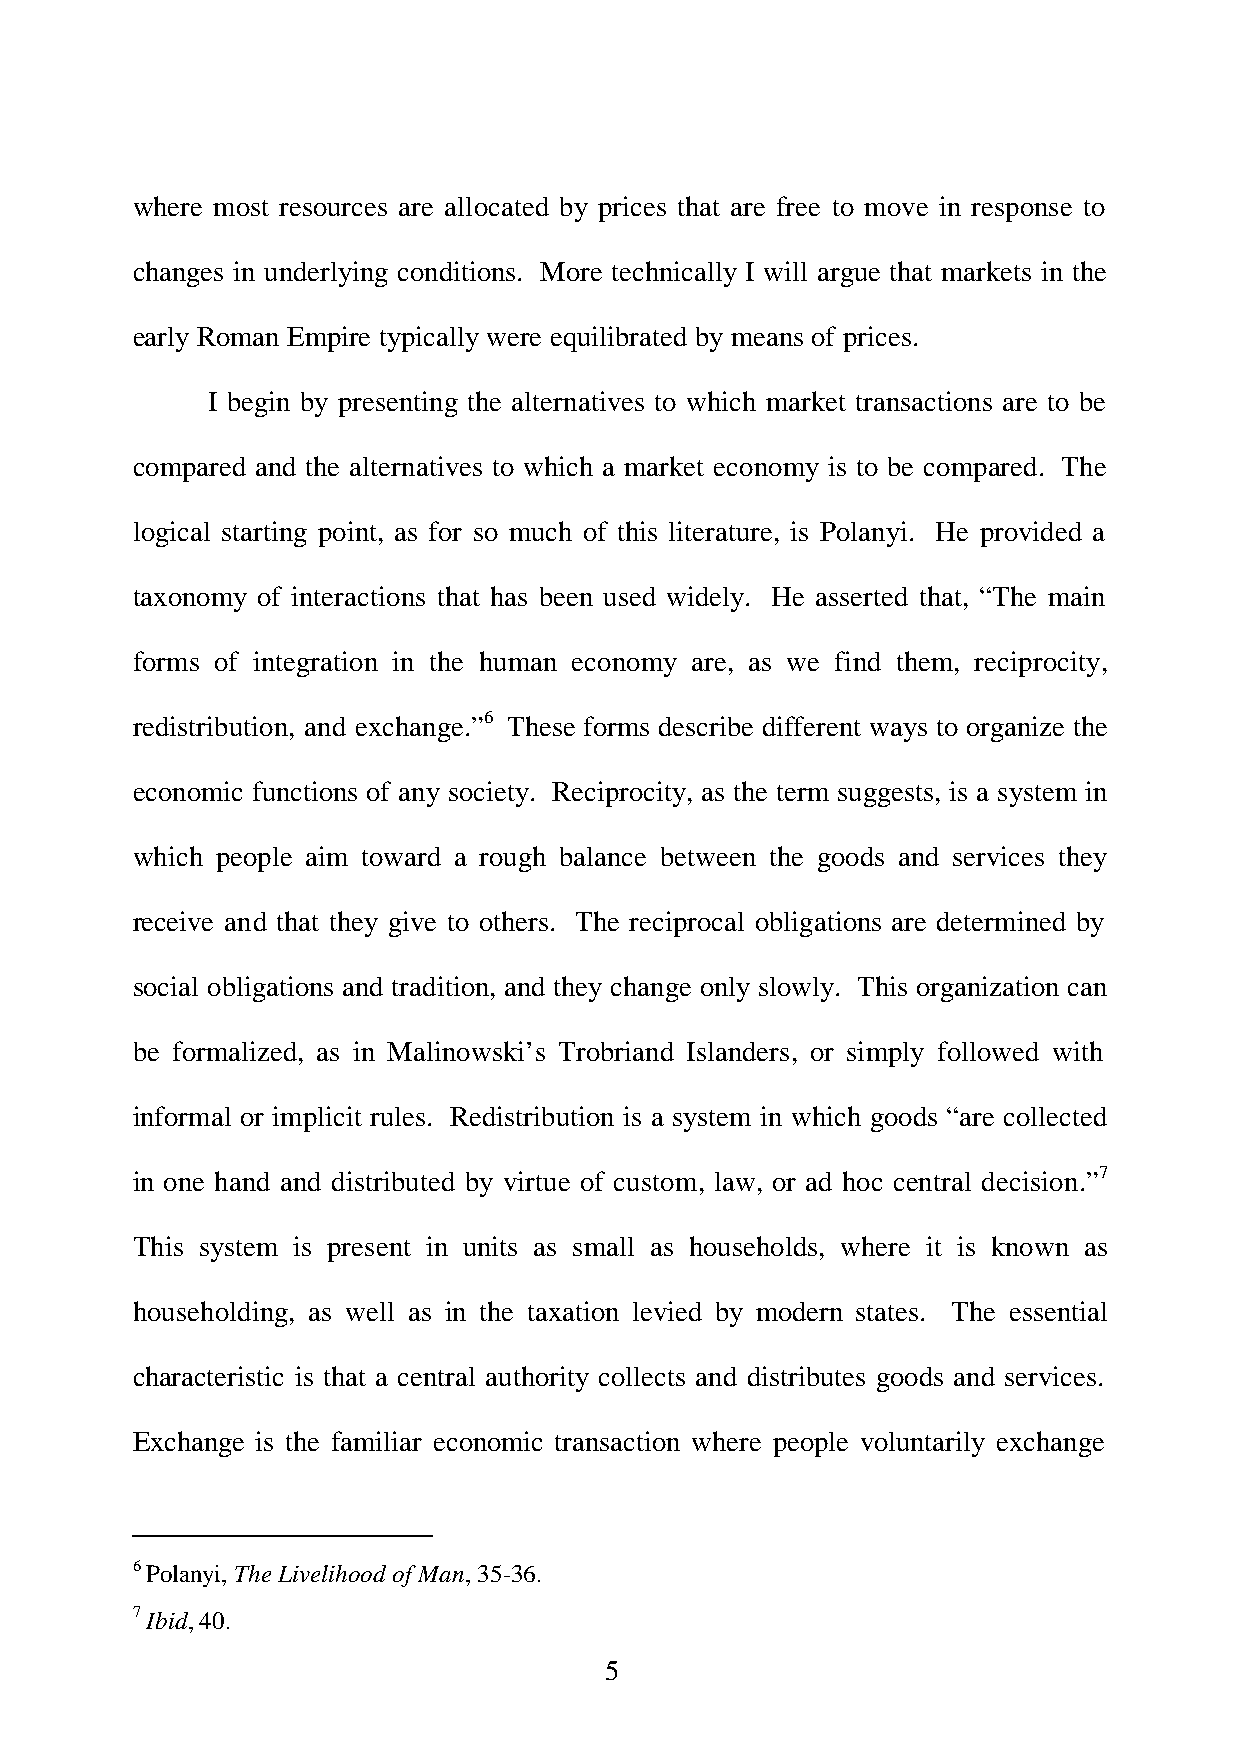
where most resources are allocated by prices that are free to move in response to
 changes in underlying conditions. More technically I will argue that markets in the
 early Roman Empire typically were equilibrated by means of prices.
 I begin by presenting the alternatives to which market transactions are to be
 compared and the alternatives to which a market economy is to be compared. The
 logical starting point, as for so much of this literature, is Polanyi. He provided a
 taxonomy of interactions that has been used widely. He asserted that, “The main
 forms of integration in the human economy are, as we find them, reciprocity,
 redistribution, and exchange.”6 These forms describe different ways to organize the
 economic functions of any society. Reciprocity, as the term suggests, is a system in
 which people aim toward a rough balance between the goods and services they
 receive and that they give to others. The reciprocal obligations are determined by
 social obligations and tradition, and they change only slowly. This organization can
 be formalized, as in Malinowski’s Trobriand Islanders, or simply followed with
 informal or implicit rules. Redistribution is a system in which goods “are collected
 in one hand and distributed by virtue of custom, law, or ad hoc central decision.”7
 This system is present in units as small as households, where it is known as
 householding, as well as in the taxation levied by modern states. The essential
 characteristic is that a central authority collects and distributes goods and services.
 Exchange is the familiar economic transaction where people voluntarily exchange
 6 Polanyi, The Livelihood of Man, 35-36.
 7 Ibid, 40.
 5